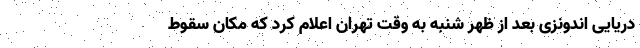
دریایی اندونزی بعد از ظهر شنبه به وقت تهران اعلام کرد که مکان سقوط